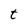
Character: t